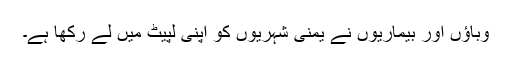
وباؤں اور بیماریوں نے یمنی شہریوں کو اپنی لپیٹ میں لے رکھا ہے۔